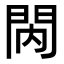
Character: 𨳙